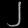
Digit: ၂